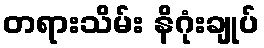
တရားသိမ်း နိဂုံးချုပ်